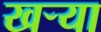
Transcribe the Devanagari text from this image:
खर्‍या